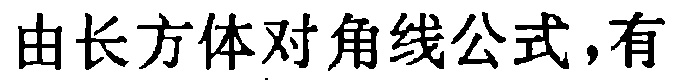
由长方体对角线公式，有